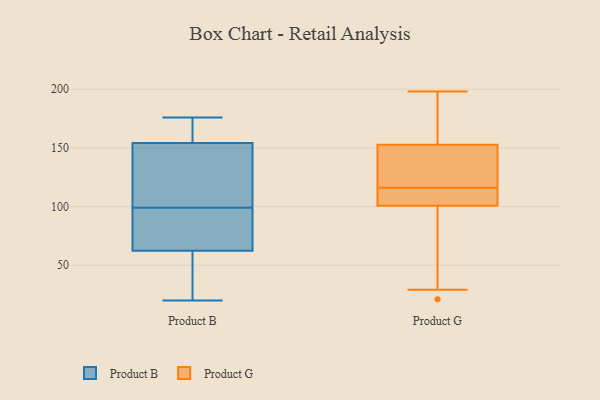
{"axis": {"x": "Population (Million)", "y": "Value"}, "legend": ["Product B", "Product G"], "data": [{"x": "", "y": 137, "type": "Product B"}, {"x": "", "y": 99, "type": "Product B"}, {"x": "", "y": 155, "type": "Product B"}, {"x": "", "y": 20, "type": "Product B"}, {"x": "", "y": 96, "type": "Product B"}, {"x": "", "y": 44, "type": "Product B"}, {"x": "", "y": 123, "type": "Product B"}, {"x": "", "y": 86, "type": "Product B"}, {"x": "", "y": 68, "type": "Product B"}, {"x": "", "y": 154, "type": "Product B"}, {"x": "", "y": 45, "type": "Product B"}, {"x": "", "y": 176, "type": "Product B"}, {"x": "", "y": 155, "type": "Product B"}, {"x": "", "y": 21, "type": "Product G"}, {"x": "", "y": 112, "type": "Product G"}, {"x": "", "y": 121, "type": "Product G"}, {"x": "", "y": 100, "type": "Product G"}, {"x": "", "y": 160, "type": "Product G"}, {"x": "", "y": 198, "type": "Product G"}, {"x": "", "y": 116, "type": "Product G"}, {"x": "", "y": 29, "type": "Product G"}, {"x": "", "y": 103, "type": "Product G"}, {"x": "", "y": 186, "type": "Product G"}, {"x": "", "y": 131, "type": "Product G"}]}